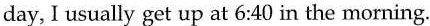
day, I usually get up at 6:40 in the morning.